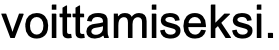
voittamiseksi.